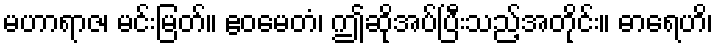
မဟာရာဇ၊ မင်းမြတ်။ ဧဝမေတံ၊ ဤဆိုအပ်ပြီးသည့်အတိုင်း။ ဓာရေဟိ၊